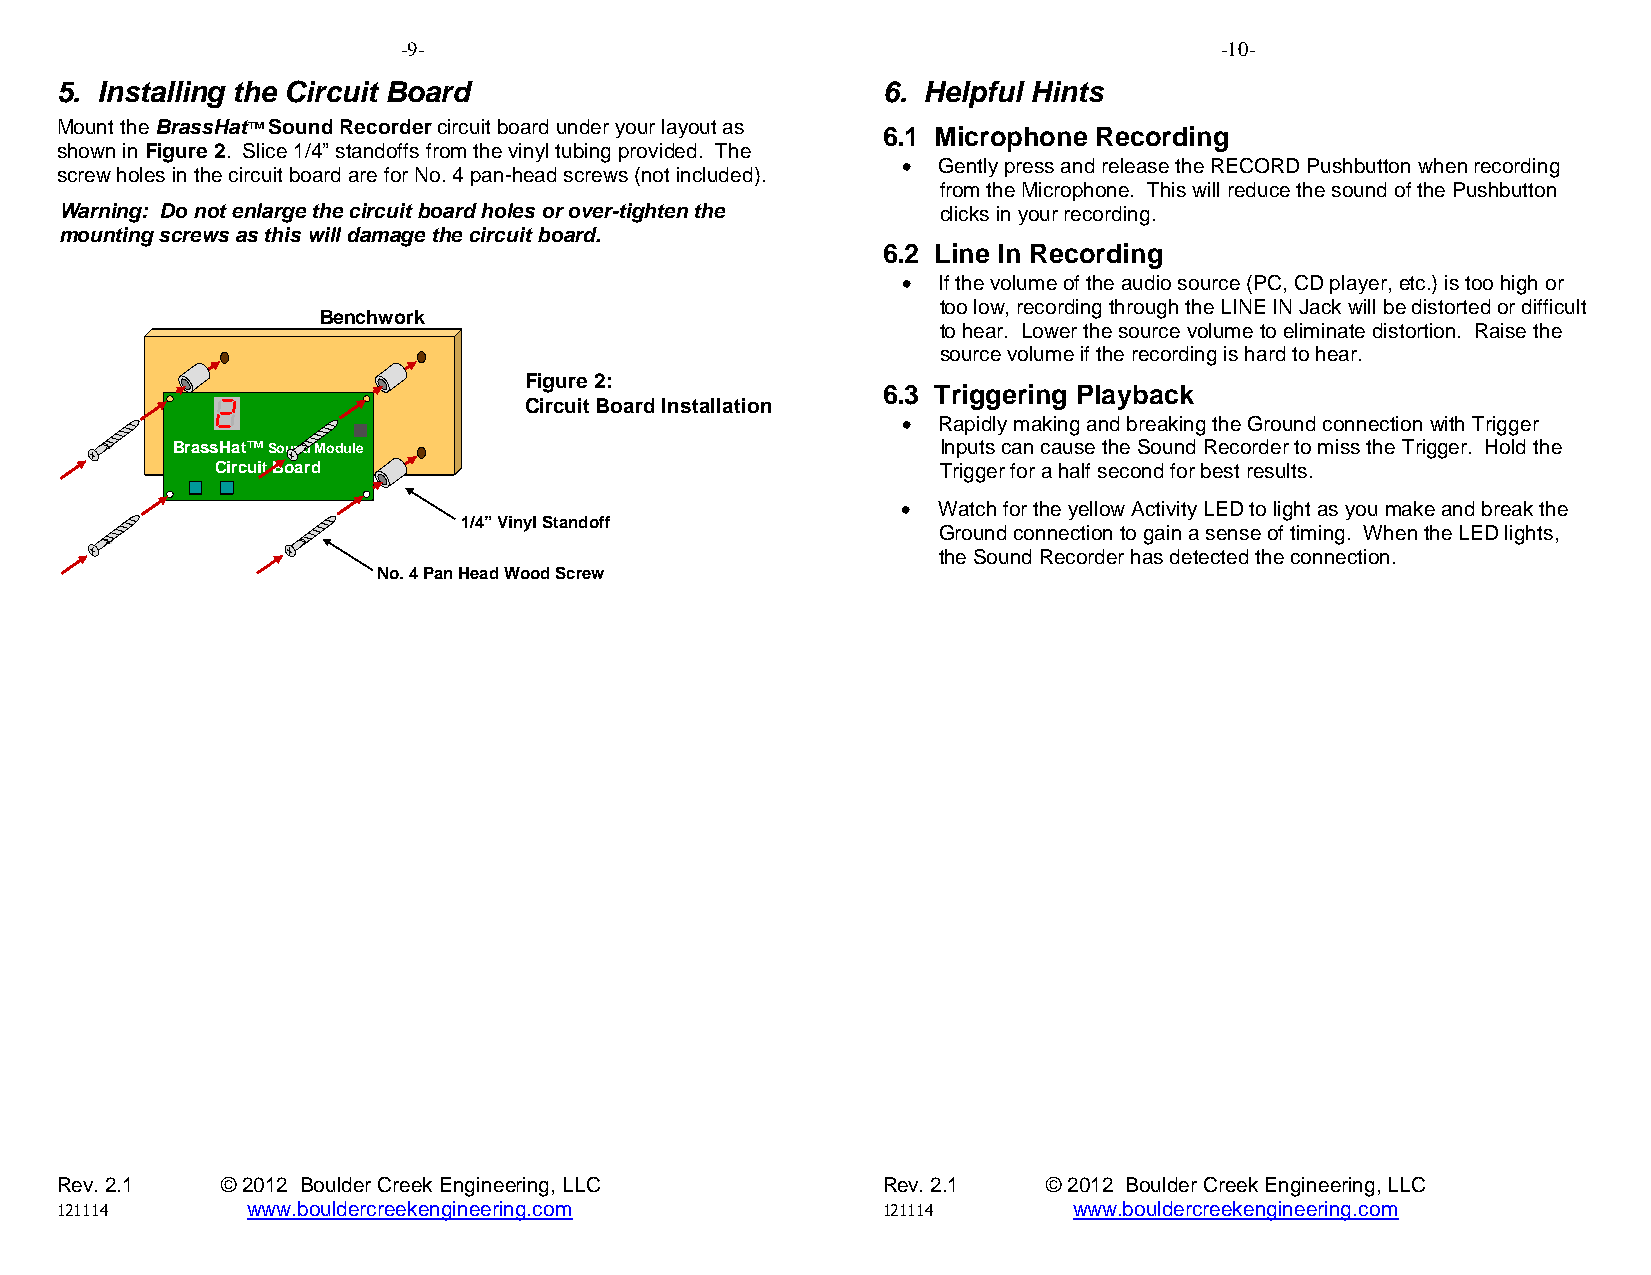
-9-                                                   -10-
 5. Installing the Circuit Board                       6. Helpful Hints
 Mount the BrassHat™ Sound Recorder circuit board under your layout as
 6.1 Microphone Recording
 shown in Figure 2. Slice 1/4” standoffs from the vinyl tubing provided. The
 • Gently press and release the RECORD Pushbutton when recording
 screw holes in the circuit board are for No. 4 pan-head screws (not included).
 from the Microphone. This will reduce the sound of the Pushbutton
 Warning: Do not enlarge the circuit board holes or over-tighten the clicks in your recording.
 mounting screws as this will damage the circuit board.
 6.2 Line In Recording
 • If the volume of the audio source (PC, CD player, etc.) is too high or
 too low, recording through the LINE IN Jack will be distorted or difficult
 Benchwork
 to hear. Lower the source volume to eliminate distortion. Raise the
 source volume if the recording is hard to hear.
 Figure 2:
 Circuit Board Installation
 6.3 Triggering Playback
 • Rapidly making and breaking the Ground connection with Trigger
 BrassHat™Sound Module                              Inputs can cause the Sound Recorder to miss the Trigger. Hold the
 Circuit Board                                   Trigger for a half second for best results.
 • Watch for the yellow Activity LED to light as you make and break the
 1/4”Vinyl Standoff
 Ground connection to gain a sense of timing. When the LED lights,
 the Sound Recorder has detected the connection.
 No. 4 Pan Head Wood Screw
 Rev. 2.1   © 2012 Boulder Creek Engineering, LLC      Rev. 2.1   © 2012 Boulder Creek Engineering, LLC
 121114      www.bouldercreekengineering.com           121114       www.bouldercreekengineering.com